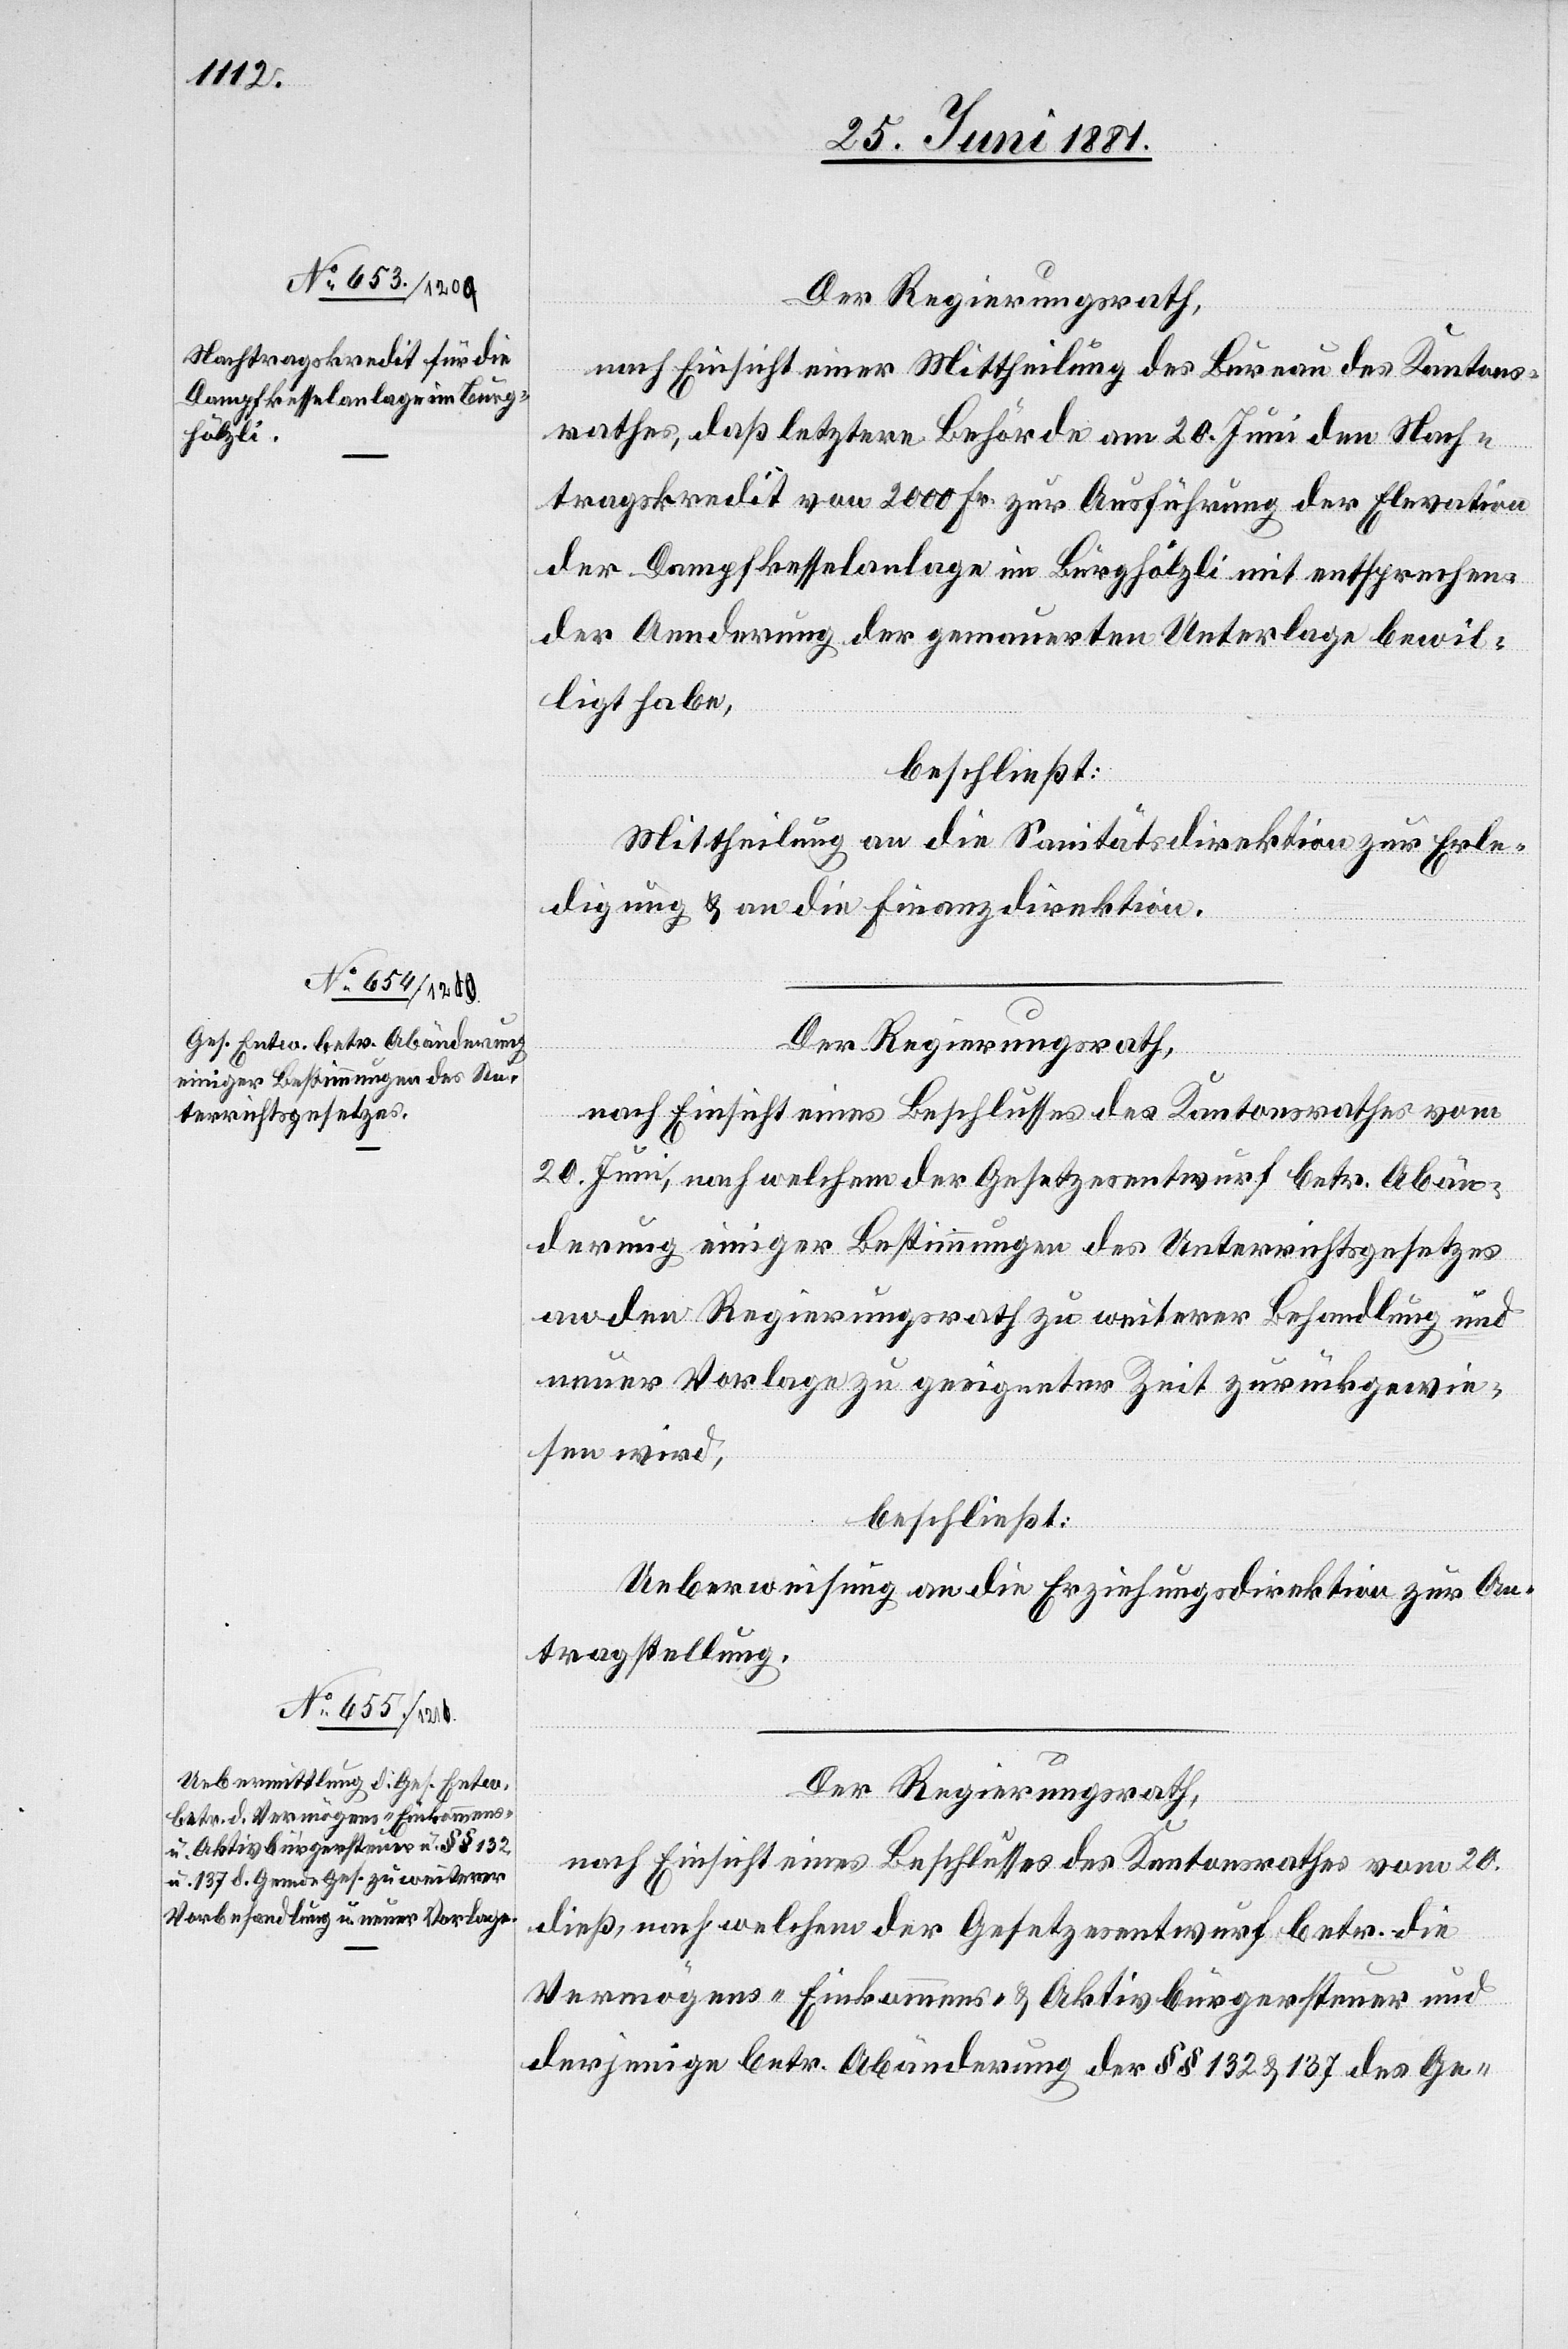
Der Regierungsrath,
nach Einsicht einer Mittheilung des Bureau des Kantons¬
rathes, daß letztere Behörde am 20. Juni den Nach¬
tragskredit von 2000 Fr. zur Ausführung der Elevation
der Dampfkesselanlage im Burghölzli mit entsprechen¬
der Aenderung der gemauerten Unterlage bewil¬
ligt habe,
beschließt:
Mittheilung an die Sanitätsdirektion zur Erle¬
digung & an die Finanzdirektion.
Der Regierungsrath,
nach Einsicht eines Beschlusses des Kantonsrathes vom
20. Juni, nach welchem der Gesetzesentwurf betr. Abän¬
derung einiger Bestimmungen des Unterrichtsgesetzes
an den Regierungsrath zu weiterer Behandlung und
neuer Vorlegung zu geeigneter Zeit zurückgewie¬
sen wird;
beschließt:
Ueberweisung an die Erziehungsdirektion zur An¬
tragstellung.
Der Regierungsrath,
nach Einsicht eines Beschlusses des Kantonsrathes vom 20.
dieß, nach welchem der Gesetzesentwurf betr. die
Vermögens-[,] Einkommens- & Aktivbürgersteuer und
derjenigen betr. Abänderung der §§ 132 & 137 des Ge-